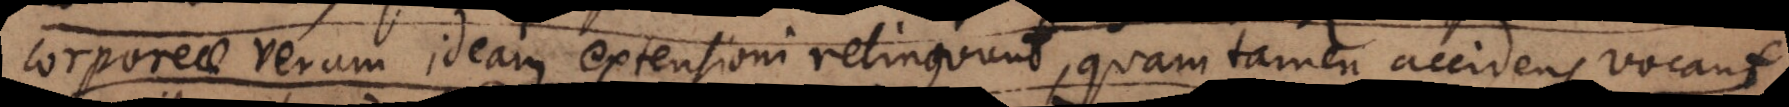
corporeae veram ideam extensioni relinquunt, quam tamen accidens vocant